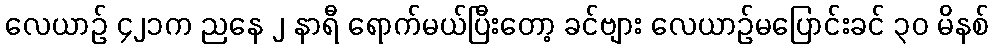
လေယာဉ် ၄၂၁က ညနေ ၂ နာရီ ရောက်မယ်ပြီးတော့ ခင်ဗျား လေယာဉ်မပြောင်းခင် ၃၀ မိနစ်